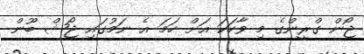
ޖޯން ގްރީންގެ މި ވާހަކަ އަށް ހަމަ އެ ނަމުގައި ޖޯޝް ބޫން